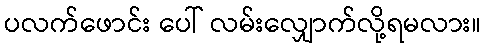
ပလက်ဖောင်း ပေါ် လမ်းလျှောက်လို့ရမလား။